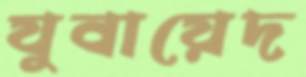
যুবায়েদ